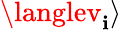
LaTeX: \langlev_{\mathbf{i}}\rangle